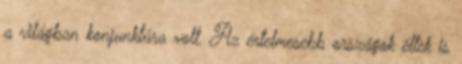
a világban konjunktúra volt. Az értelmesebb országok éltek is